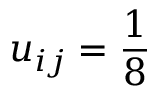
u _ { i j } = \frac { 1 } { 8 }